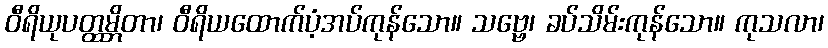
ဝီရိယုပတ္ထမ္ဘိတာ၊ ဝီရိယထောက်ပံ့အပ်ကုန်သော။ သဗ္ဗေ၊ ခပ်သိမ်းကုန်သော။ ကုသလာ၊